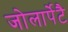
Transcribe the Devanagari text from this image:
जोलार्पेटै